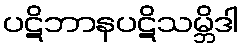
ပဋိဘာနပဋိသမ္ဘိဒါ